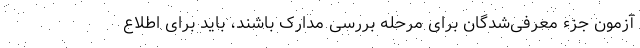
آزمون جزء معرفی‌شدگان برای مرحله بررسی مدارک باشند، باید برای اطلاع